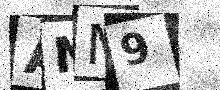
Text: ANM9